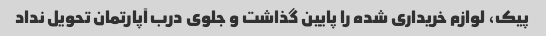
پیک، لوازم خریداری شده را پایین گذاشت و جلوی درب آپارتمان تحویل نداد